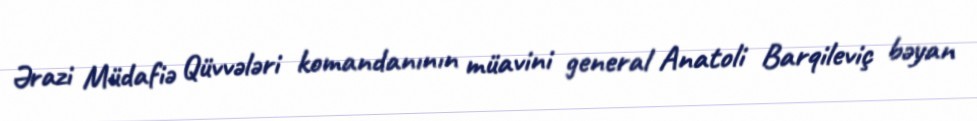
Ərazi Müdafiə Qüvvələri komandanının müavini general Anatoli Barqileviç bəyan